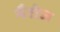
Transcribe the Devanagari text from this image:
नैरोज